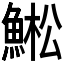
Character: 𱆳